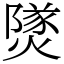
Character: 𤎩